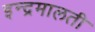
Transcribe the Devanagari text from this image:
इन्द्रमालती